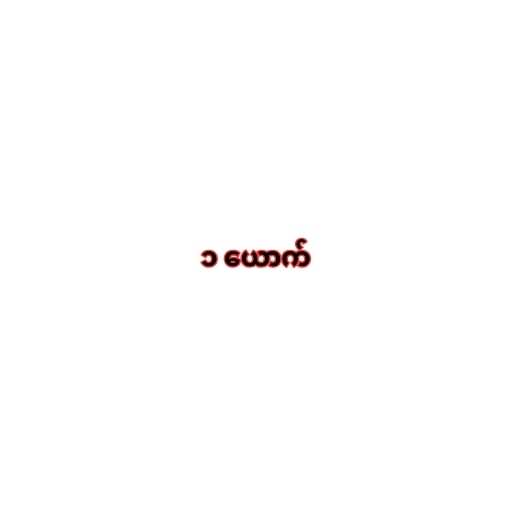
၁ ယောက်